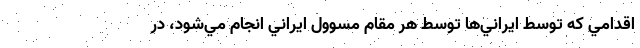
اقدامي كه توسط ايراني‌ها توسط هر مقام مسوول ايراني انجام مي‌شود، در